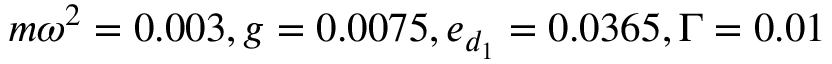
m \omega ^ { 2 } = 0 . 0 0 3 , g = 0 . 0 0 7 5 , e _ { d _ { 1 } } = 0 . 0 3 6 5 , \Gamma = 0 . 0 1